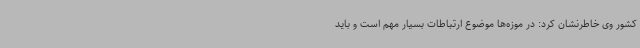
کشور وی خاطرنشان کرد: در موزه‌ها موضوع ارتباطات بسیار مهم است و باید